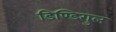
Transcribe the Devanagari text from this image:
डिण्डिगुल